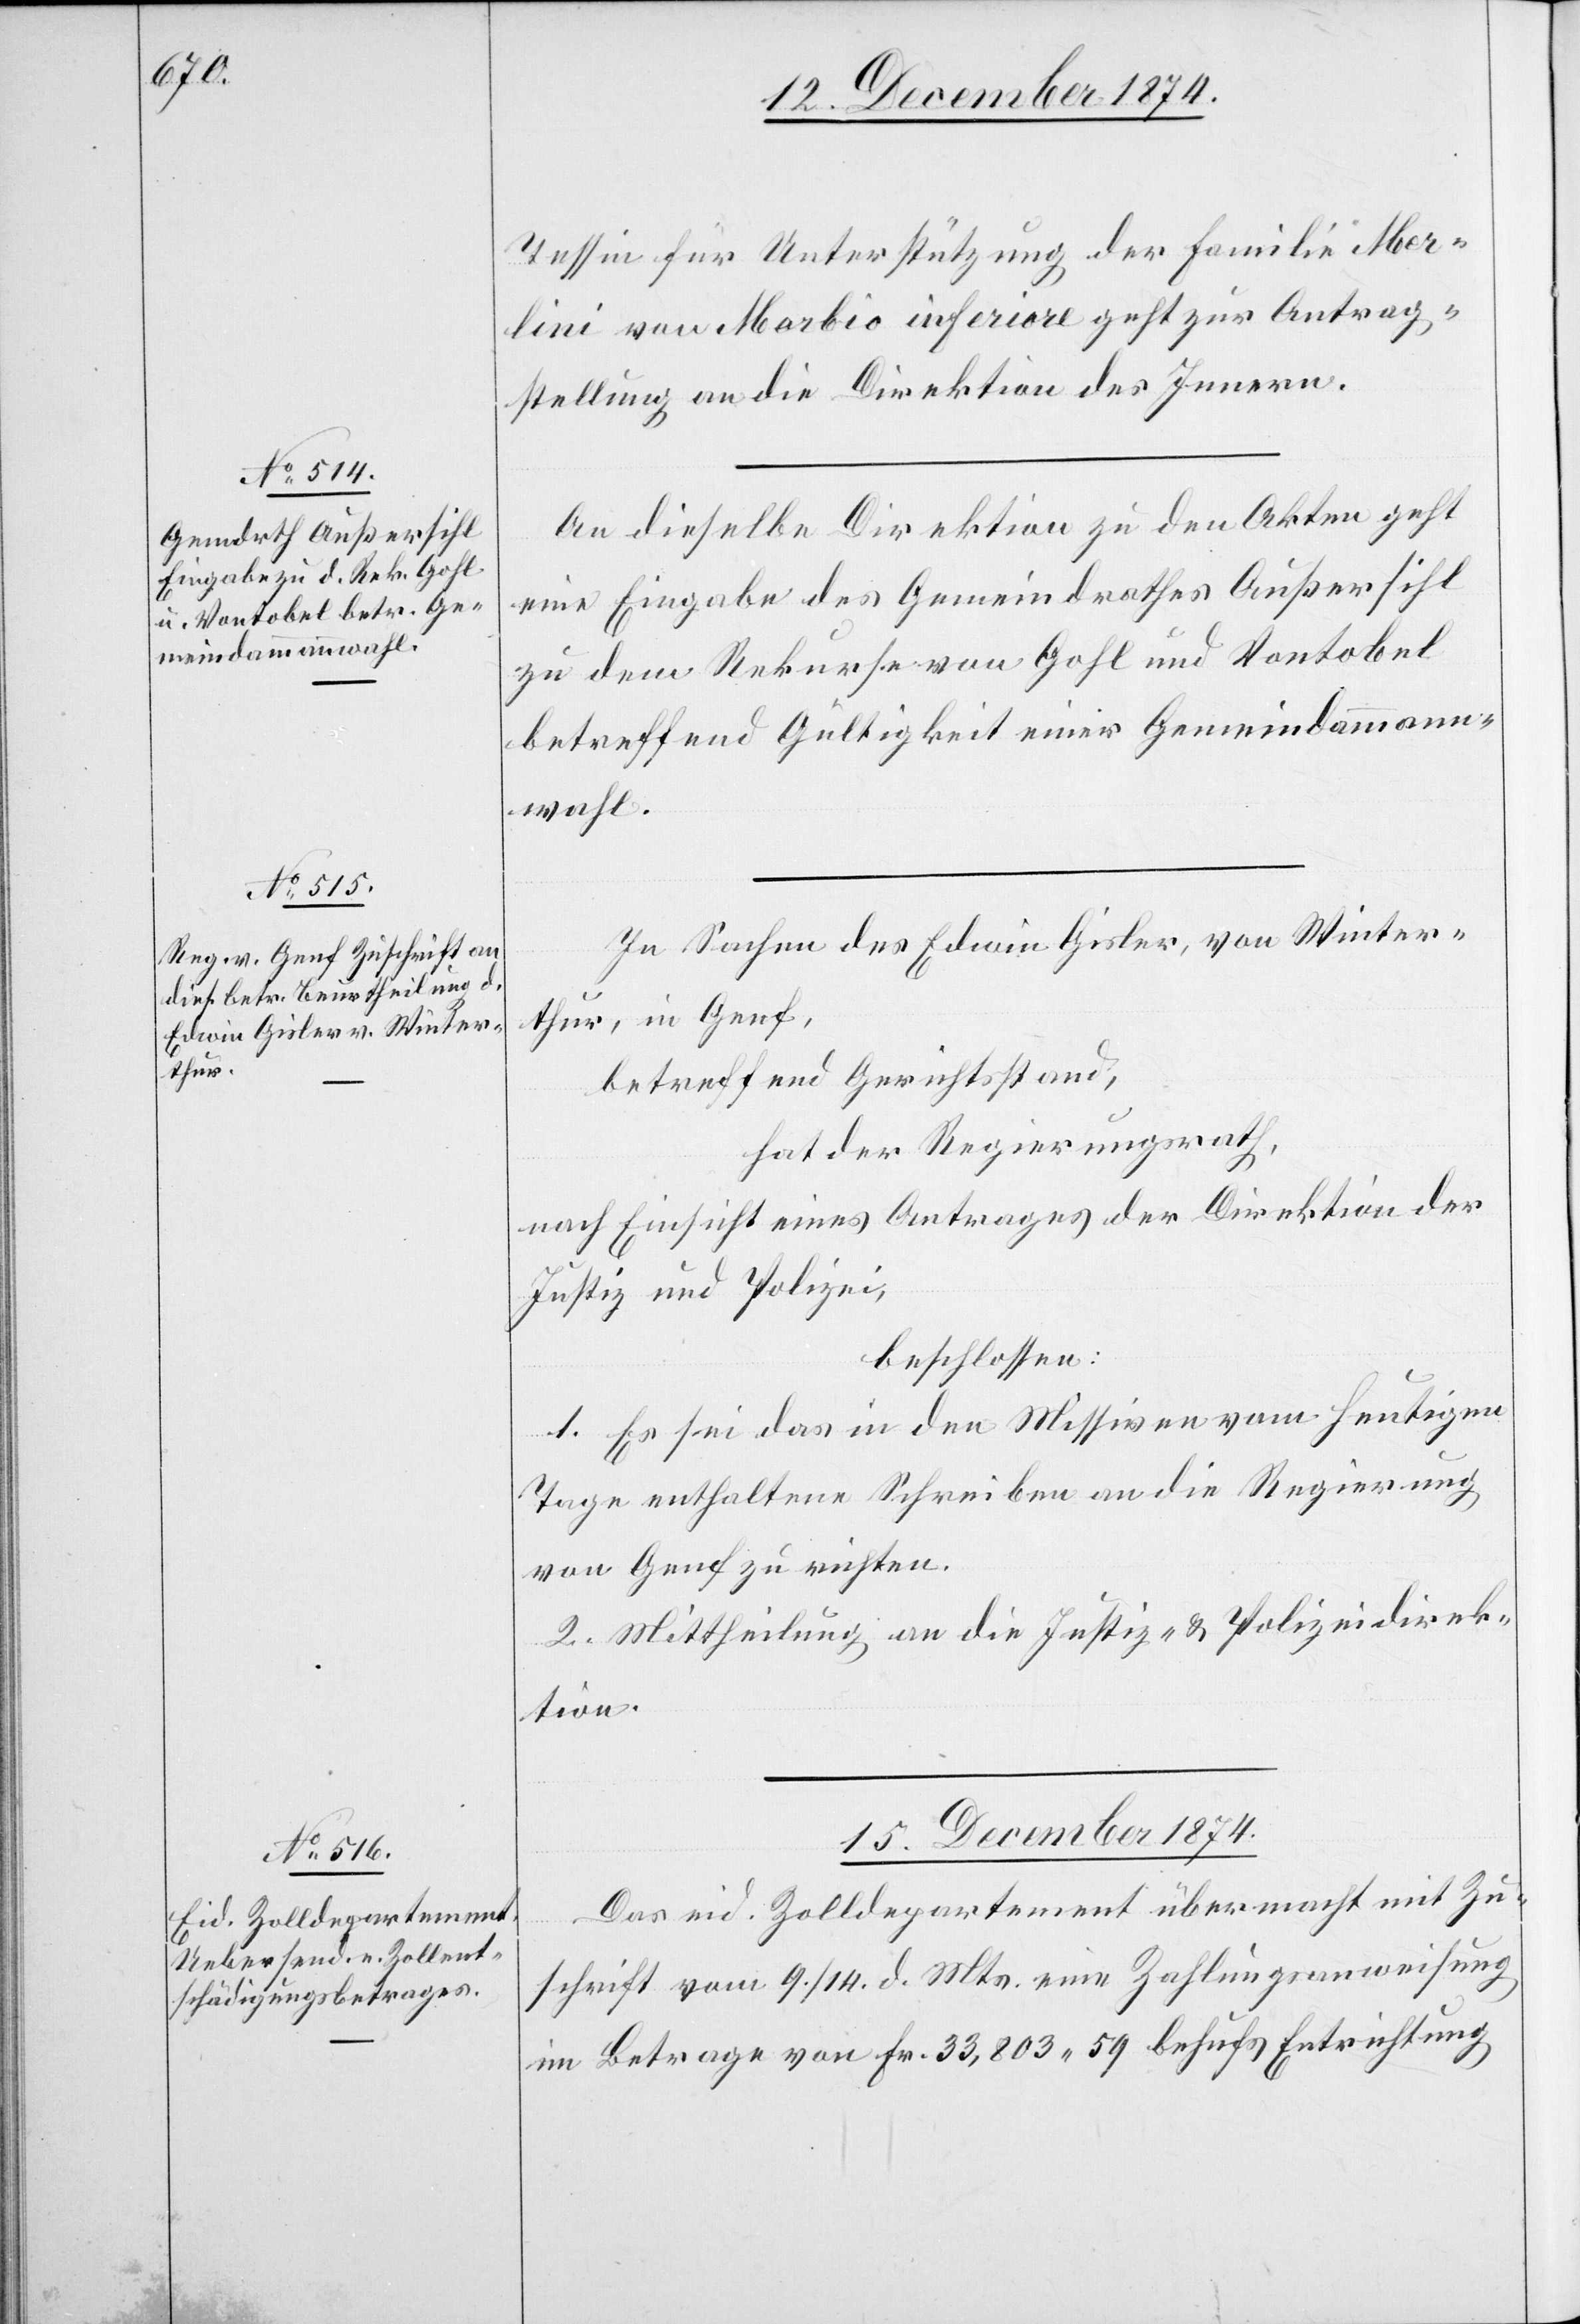
14. Dezember 1874.]
Tessin für Unterstützung der Familie Mer¬
lini von Morbio inferiore geht zur Antrag¬
stellung an die Direktion des Innern.
An dieselbe Direktion zu den Akten geht
eine Eingabe des Gemeindrathes Außersihl
zu dem Rekurse von Gohl und Vontobel
betreffend Gültigkeit einer Gemeindammann¬
wahl.
In Sachen des Edwin Gisler, von Winter¬
thur, in Genf,
betreffend Gerichtsstand,
hat der Regierungsrath,
nach Einsicht eines Antrages der Direktion der
Justiz und Polizei,
beschlossen:
1. Es sei das in den Missiven vom heutigen
Tage enthaltene Schreiben an die Regierung
von Genf zu richten.
2. Mittheilung an die Justiz- & Polizeidirek¬
tion.
15. Dezember 1874.
Das eid. Zolldepartement übermacht mit Zu¬
schrift vom 9./14. d. Mts. eine Zahlungsanweisung
im Betrage von Fr. 33,803.59 behufs Entrichtung